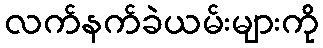
လက်နက်ခဲယမ်းများကို